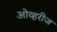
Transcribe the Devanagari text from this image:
ओव्हरीज